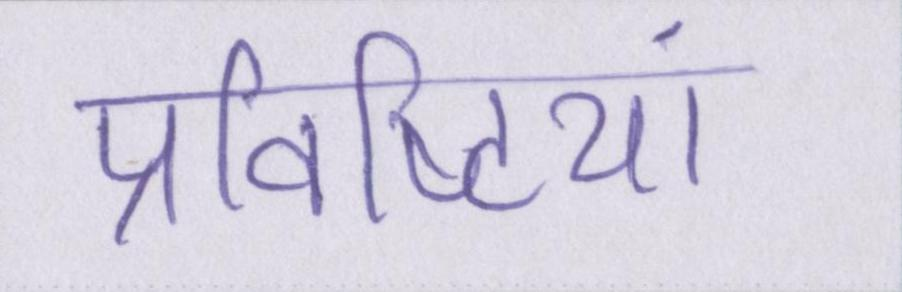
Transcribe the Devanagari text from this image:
प्रविष्टियां